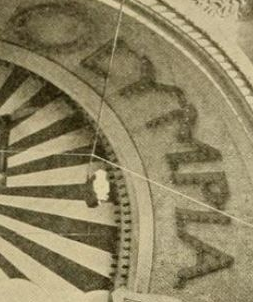
OCYMPLA